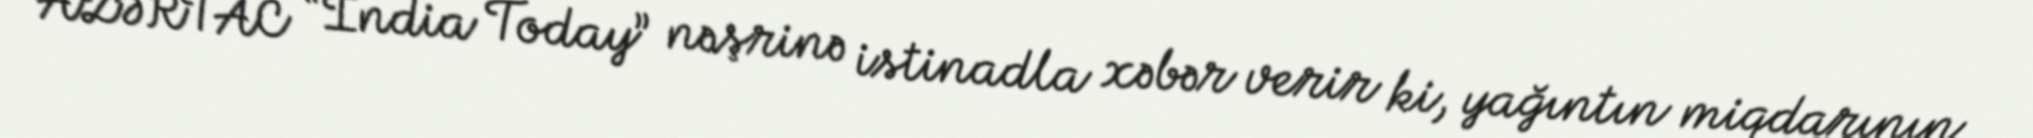
AZƏRTAC “India Today” nəşrinə istinadla xəbər verir ki, yağıntın miqdarının